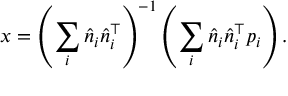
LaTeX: x = \left( \sum _ { i } { \hat { n } } _ { i } { \hat { n } } _ { i } ^ { \top } \right) ^ { - 1 } \left( \sum _ { i } { \hat { n } } _ { i } { \hat { n } } _ { i } ^ { \top } p _ { i } \right) .